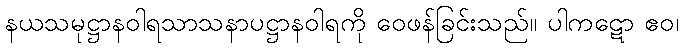
နယသမုဋ္ဌာနဝါရသာသနာပဋ္ဌာနဝါရကို ဝေဖန်ခြင်းသည်။ ပါကဋော ဧဝ၊